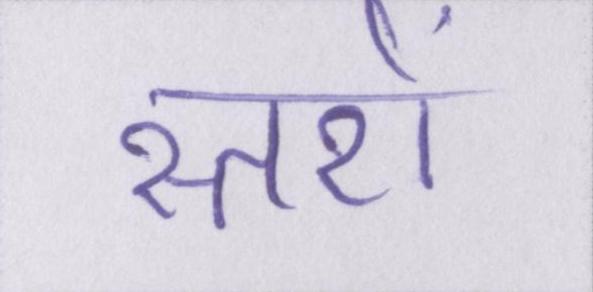
स्तरों